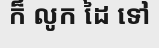
ក៏ លូក ដៃ ទៅ